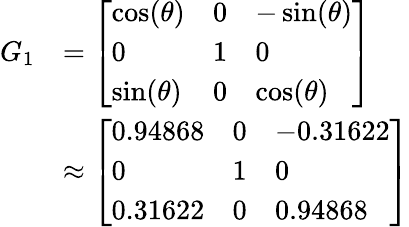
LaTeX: {\begin{array}{rl}{G_{1}}&{={\left[\begin{array}{lll}{\cos(\theta)}&{0}&{-\sin(\theta)}\\ {0}&{1}&{0}\\ {\sin(\theta)}&{0}&{\cos(\theta)}\end{array}\right]}}\\ &{\approx{\left[\begin{array}{lll}{0.94868}&{0}&{-0.31622}\\ {0}&{1}&{0}\\ {0.31622}&{0}&{0.94868}\end{array}\right]}}\end{array}}